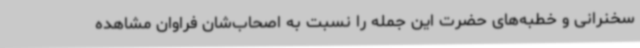
سخنرانی و خطبه‌های حضرت این جمله را نسبت به اصحاب‌شان فراوان مشاهده